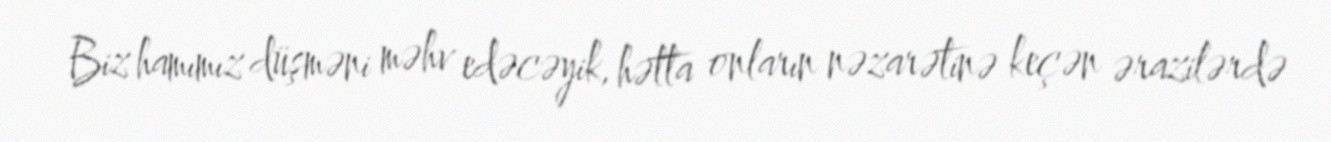
Biz hamımız düşməni məhv edəcəyik, hətta onların nəzarətinə keçən ərazilərdə